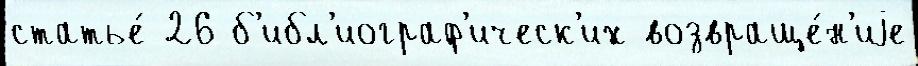
статье́ 26 б'ибл'иограф'ическ'их возвраще́н'иjе